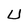
Character: U